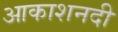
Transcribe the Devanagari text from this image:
आकाशनदी